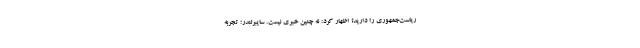
ریاست‌جمهوری را دارید؟ اظهار کرد: نه چنین خبری نیست. سایبرلندر؛ تجربه